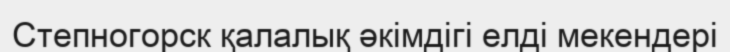
Степногорск қалалық әкімдігі елді мекендері